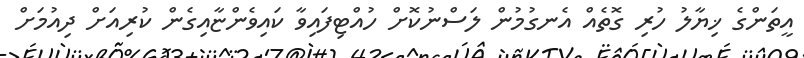
އީތަންގެ ޚިޔާލު ހުރި ގޮތެއް އެނގުމުން ލަސްނުކޮށް ހުއްޓިފައިވާ ކައިވެންޏާއިގެން ކުރިއަށް ދިއުމަށް